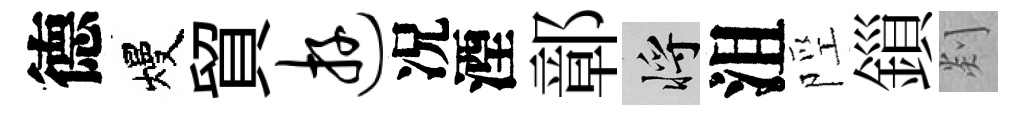
德熳貿游况湮鄣將沮陘鎻剡